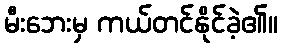
မီးဘေးမှ ကယ်တင်နိုင်ခဲ့၏။